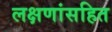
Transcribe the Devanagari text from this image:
लक्षणांसहित